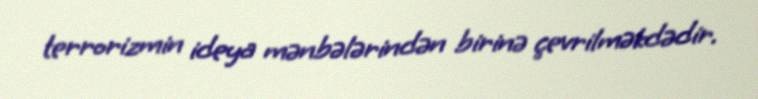
terrorizmin ideya mənbələrindən birinə çevrilməkdədir.